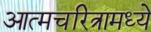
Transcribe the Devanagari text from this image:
आत्मचरित्रामध्ये